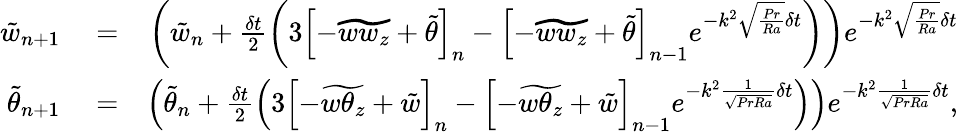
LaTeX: \begin{array}{rlr}{\tilde{w}_{n+1}}&{{}=}&{\left(\tilde{w}_{n}+\frac{\delta t}{2}\left(3\left[-\widetilde{ww_{z}}+\tilde{\theta}\right]_{n}-\left[-\widetilde{ww_{z}}+\tilde{\theta}\right]_{n-1}e^{-k^{2}\sqrt{\frac{Pr}{Ra}}\delta t}\right)\right)e^{-k^{2}\sqrt{\frac{Pr}{Ra}}\delta t}}\\ {\tilde{\theta}_{n+1}}&{{}=}&{\left(\tilde{\theta}_{n}+\frac{\delta t}{2}\left(3\left[-\widetilde{w\theta_{z}}+\tilde{w}\right]_{n}-\left[-\widetilde{w\theta_{z}}+\tilde{w}\right]_{n-1}e^{-k^{2}\frac{1}{\sqrt{PrRa}}\delta t}\right)\right)e^{-k^{2}\frac{1}{\sqrt{PrRa}}\delta t},}\end{array}